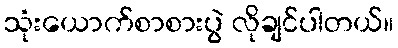
သုံးယောက်စာစားပွဲ လိုချင်ပါတယ်။